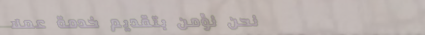
نحن نؤمن بتقديم خدمة عملا